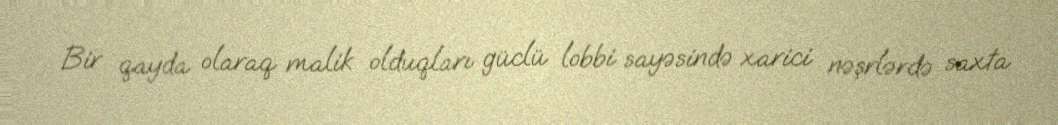
Bir qayda olaraq malik olduqları güclü lobbi sayəsində xarici nəşrlərdə saxta